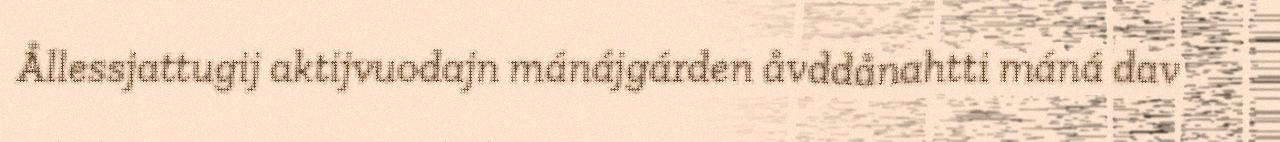
Ållessjattugij aktijvuodajn mánájgárden åvddånahtti máná dav